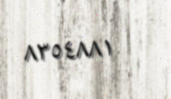
٨٣٥٤٨٨١